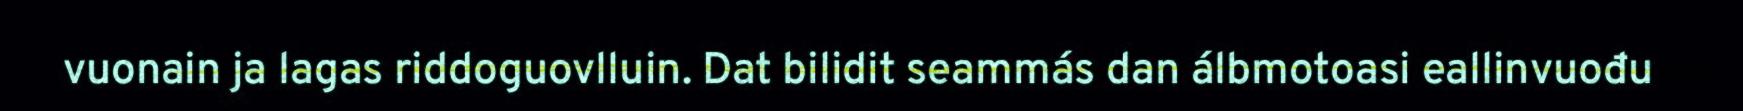
vuonain ja lagas riddoguovlluin. Dat bilidit seammás dan álbmotoasi eallinvuođu